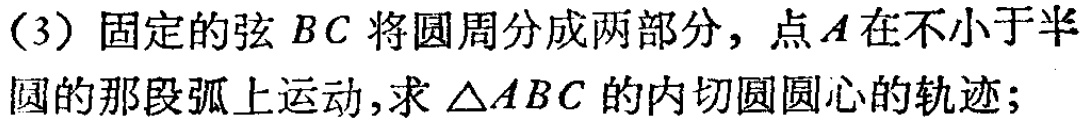
（3）固定的弦 \(BC\) 将圆周分成两部分，点 \(A\) 在不小于半圆的那段弧上运动，求 \(\triangle ABC\) 的内切圆圆心的轨迹；